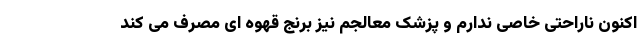
اکنون ناراحتی خاصی ندارم و پزشک معالجم نیز برنج قهوه ای مصرف می کند